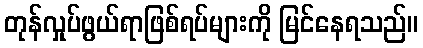
တုန်လှုပ်ဖွယ်ရာဖြစ်ရပ်များကို မြင်နေရသည်။